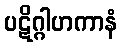
ပဋိဂ္ဂါဟကာနံ